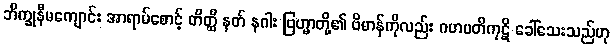
ဘိက္ခုနီမကျောင်း အာရာမ်စောင့် တိတ္ထိ နတ် နဂါး ဗြဟ္မာတို့၏ ဗိမာန်ကိုလည်း ဂဟပတိကုဋိ ခေါ်သေးသည်ဟု